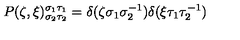
P ( \zeta , \xi ) _ { \sigma _ { 2 } \tau _ { 2 } } ^ { \sigma _ { 1 } \tau _ { 1 } } = \delta ( \zeta \sigma _ { 1 } \sigma _ { 2 } ^ { - 1 } ) \delta ( \xi \tau _ { 1 } \tau _ { 2 } ^ { - 1 } )